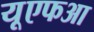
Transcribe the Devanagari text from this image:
यूएफआ